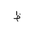
Letter: _za